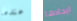
عندما ايجادها